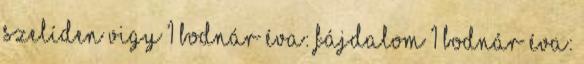
Szelíden vigy 1 Bodnár Éva: Fájdalom 1 Bodnár Éva: